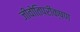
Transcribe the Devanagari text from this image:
जीवोतिपरीक्षण